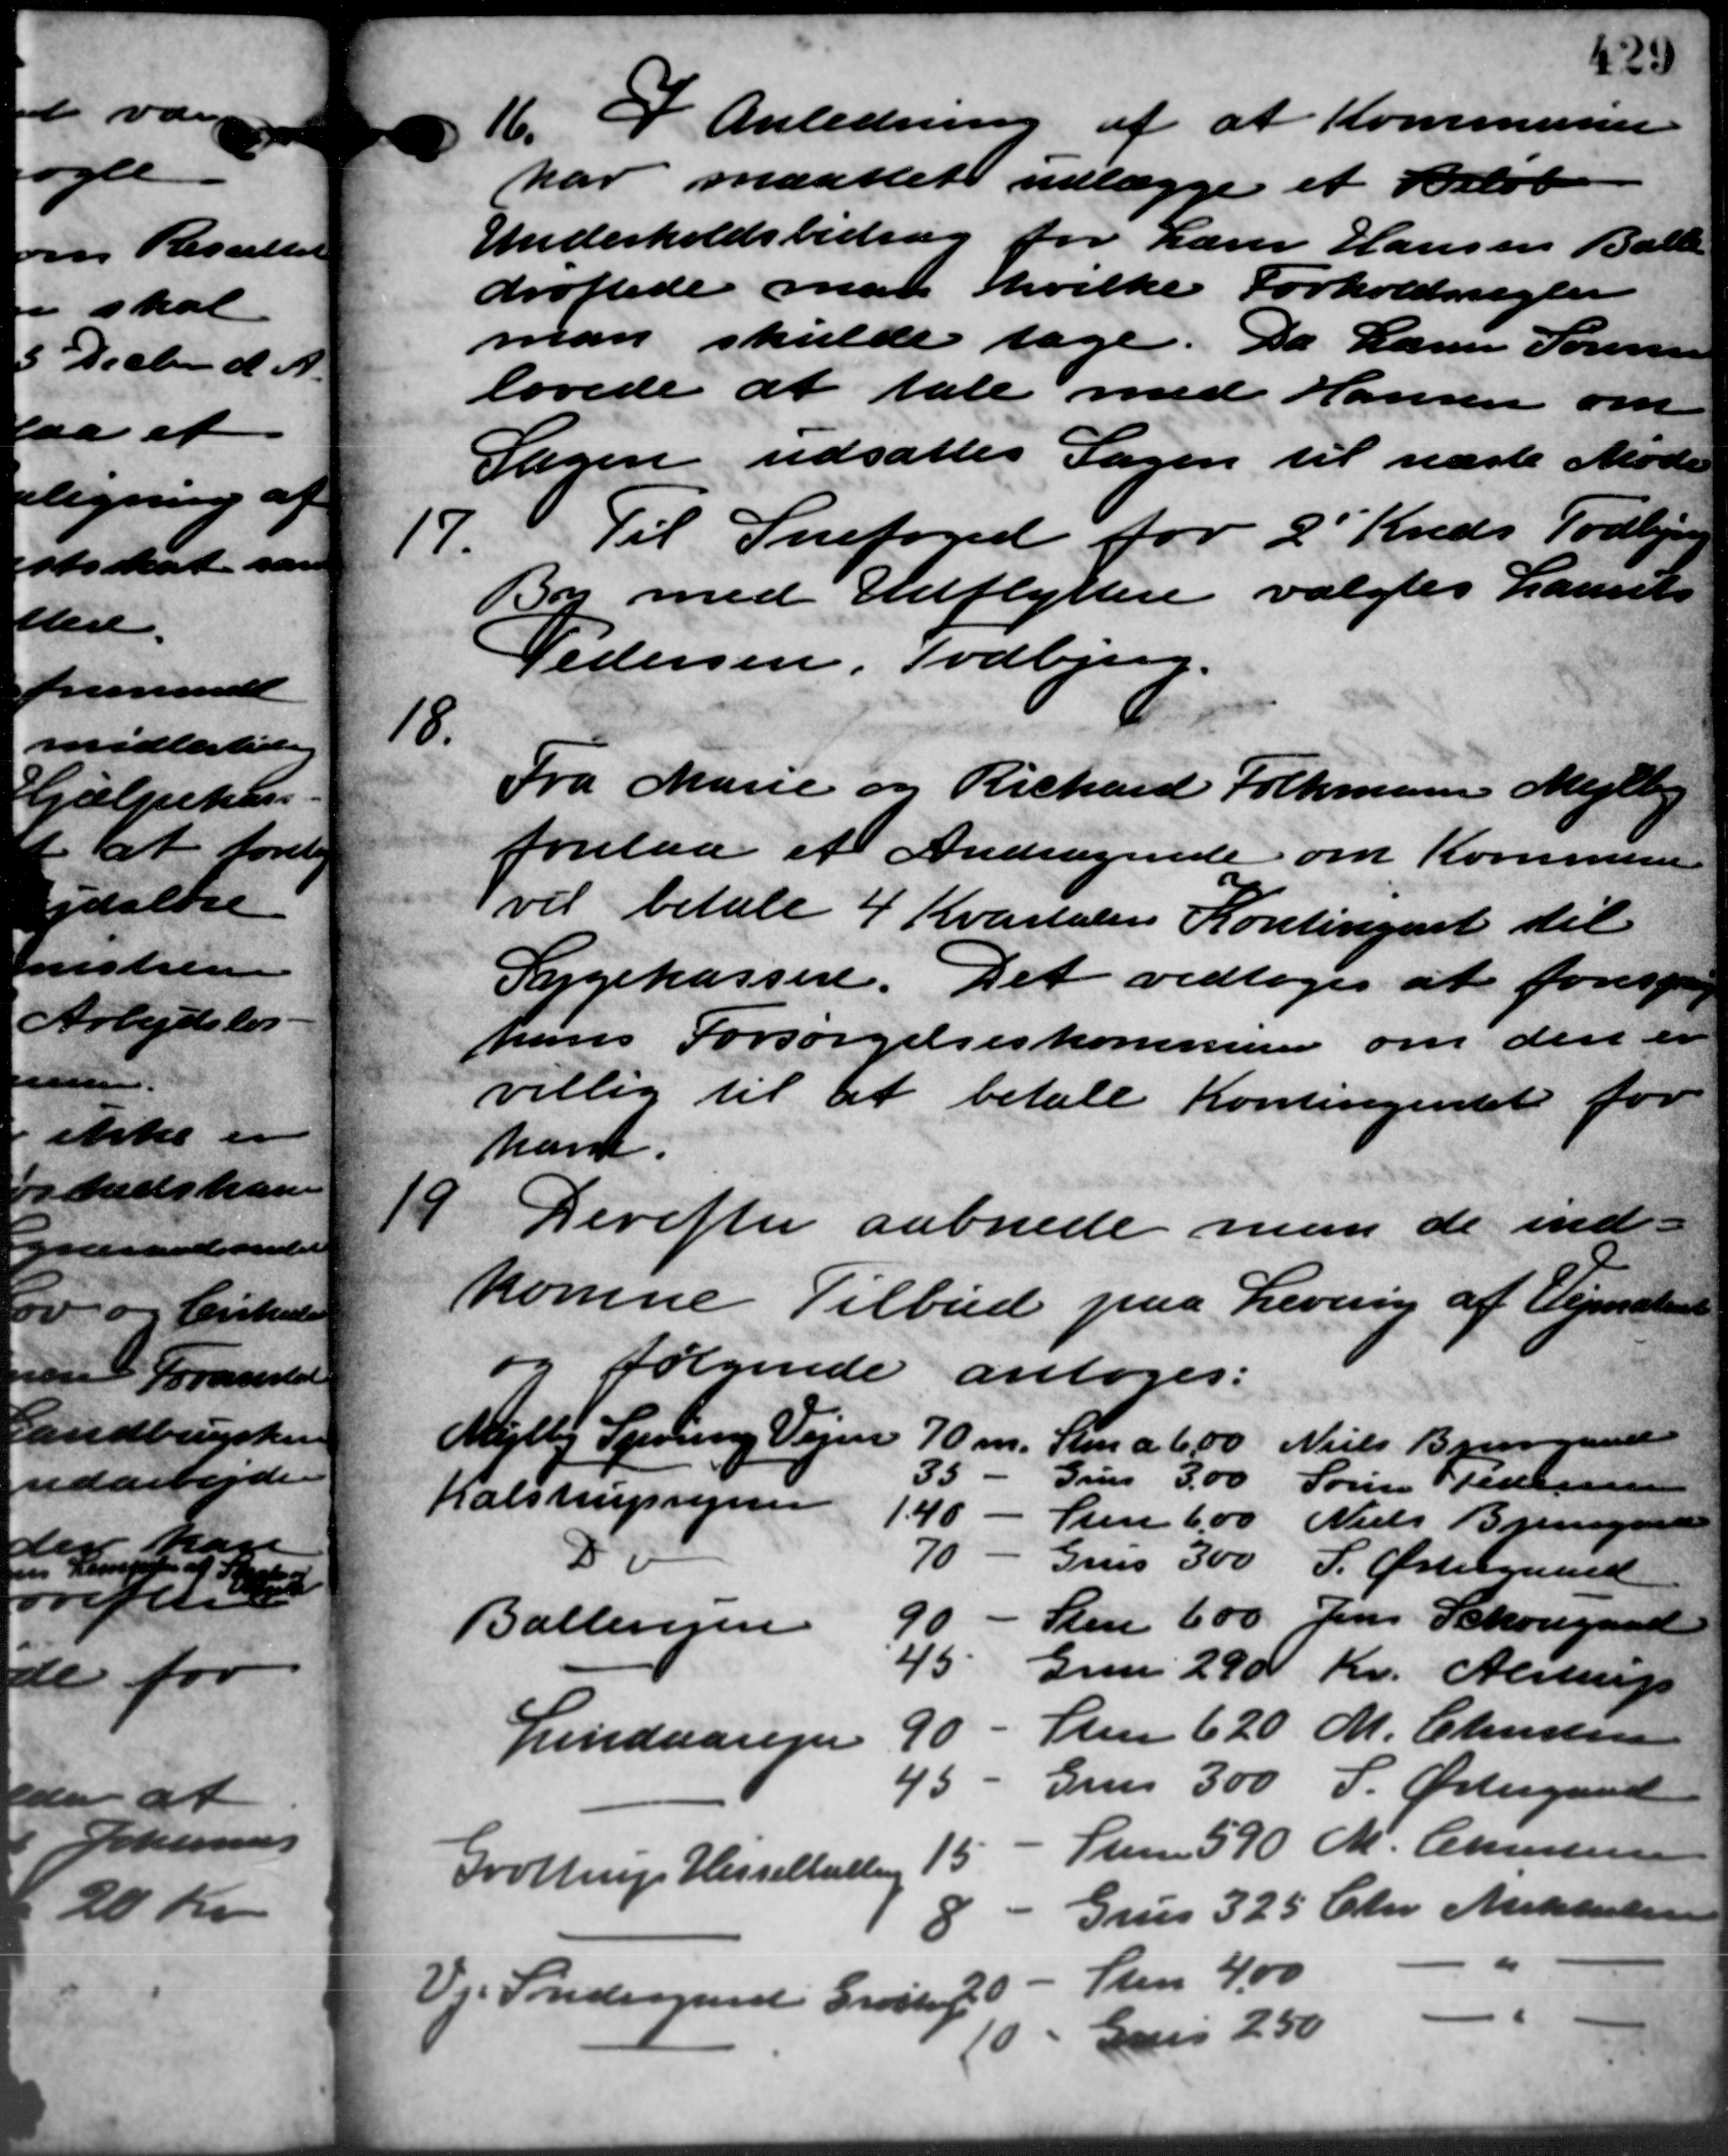
Transskription:
16. I Anledning af at Kommunen
16. I Anledning af at Kommunen
har maattet udlægge et Beløb
Underholdsbidrag for Lærer Hansen Balle
drøftede man hvilke Forholdsregler
man skulde tage. Da Lærer Sørensen
lovede at tale med Hansen om
Sagen udsattes Sagen til næste Møde
17.
Til Snefoged for 2' Kreds Todbjerg
By med Udflyttere valgtes Laurts
Pedersen, Todbjerg.
18.
Fra Marie og Richard Folkmann Mejlby
forelaa et Andragende om Kommunen
vil betale 4 Kvartaler Kontingent til
Sygekassen. Det vedtoges at foresp
hans Forsørgelseskommunen om den er
villig til at betale Kontingentet for
ham.
9
Derefter aabnede man de ind-
komne Tilbud paa Levering af Vejmater
følgende antoges:
Mejlby Syning Vejen
70 m.
Sten a 6,00 Niels Bjerregaard
35
Grus     3,00 Søren P Pedersen
Kalstrupvejen
1.40
Sten 6,00 Niels Bjerregaard
D
70
Grus 300 S. Østergaard
Sten 600 Jens Schougaard
90
Ballevejen
45
Greve 290 Kr. Alstrup
Sten 620 M. Christensen
90
Lindaaejer
Grus 300 S. Østergaard
45
Sten 590 M. Christensen
15
Grøttrup Hesselballen
Grus 325 Chr Mikkelsen
Sten 4,00
Vi Sndergaard Grøftej
-
Grus 250